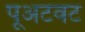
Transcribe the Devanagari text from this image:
पूअटवट